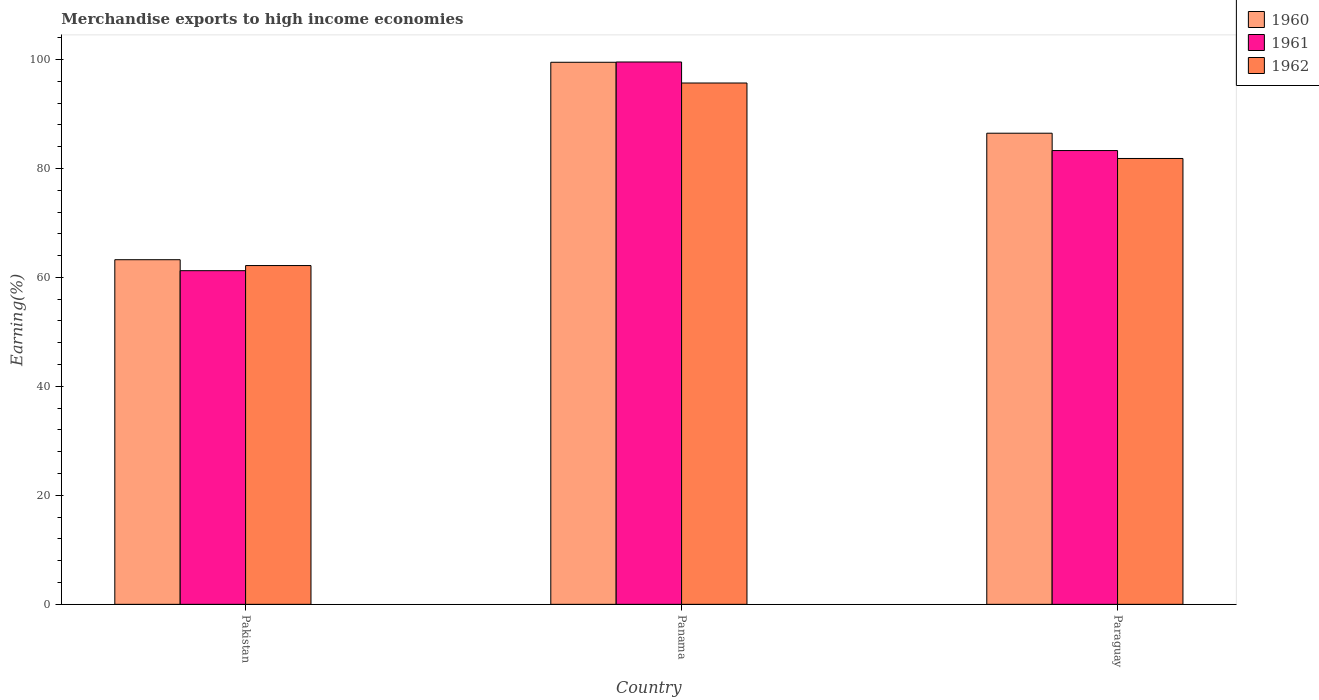
| Country | 1960 | 1961 | 1962 |
 | --- | --- | --- | --- |
 | Pakistan | 63.2 | 61.2 | 62.2 |
 | Panama | 99.5 | 99.5 | 95.7 |
 | Paraguay | 86.5 | 83.3 | 81.8 |